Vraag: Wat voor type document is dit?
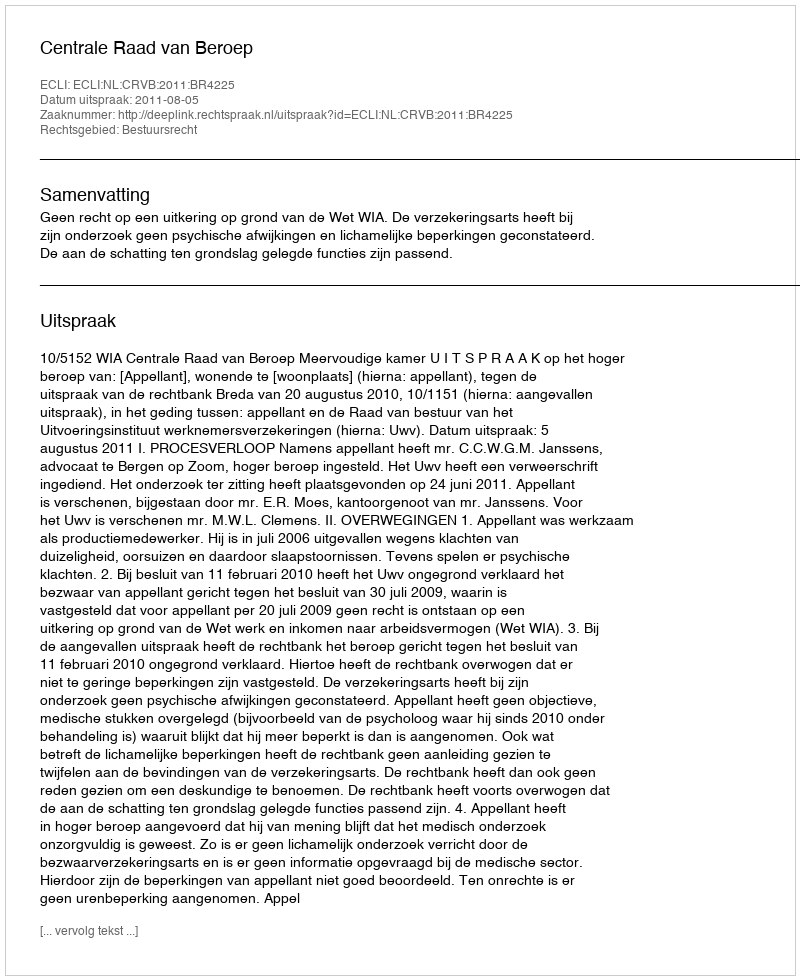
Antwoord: Uitspraak